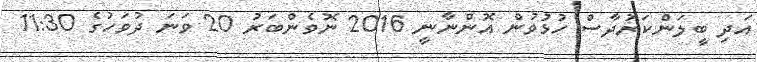
އަދި ބީލަންކަރުދާސް ހުޅުވުން އޮންނާނީ 2016 ނޮވެންބަރު 20 ވަނަ ދުވަހުގެ 11:30